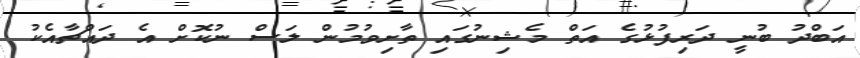
އަބްދު ބުނީ ދަރިފުޅުގެ އަތް މެޝިނުގައި ތާށިވުމުން ލަސް ނުކޮށް އެ ދައްޗާއެކު